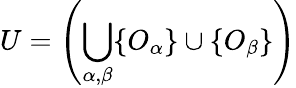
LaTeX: U=\left(\bigcup_{\alpha,\beta}\{ O_{\alpha}\} \cup\{ O_{\beta}\} \right)